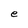
Character: e